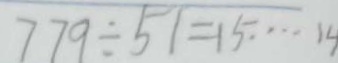
7 7 9 \div 5 1 = 1 5 \cdots 1 4